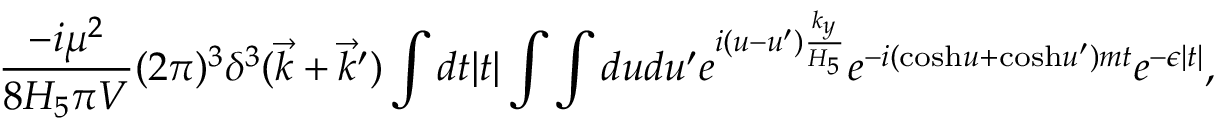
{ \frac { - i \mu ^ { 2 } } { 8 H _ { 5 } \pi V } } ( 2 \pi ) ^ { 3 } \delta ^ { 3 } ( \vec { k } + \vec { k } ^ { \prime } ) \int d t | t | \int \int d u d u ^ { \prime } e ^ { i ( u - u ^ { \prime } ) { \frac { k _ { y } } { H _ { 5 } } } } e ^ { - i ( \mathrm { c o s h } u + \mathrm { c o s h } u ^ { \prime } ) m t } e ^ { - \epsilon | t | } ,